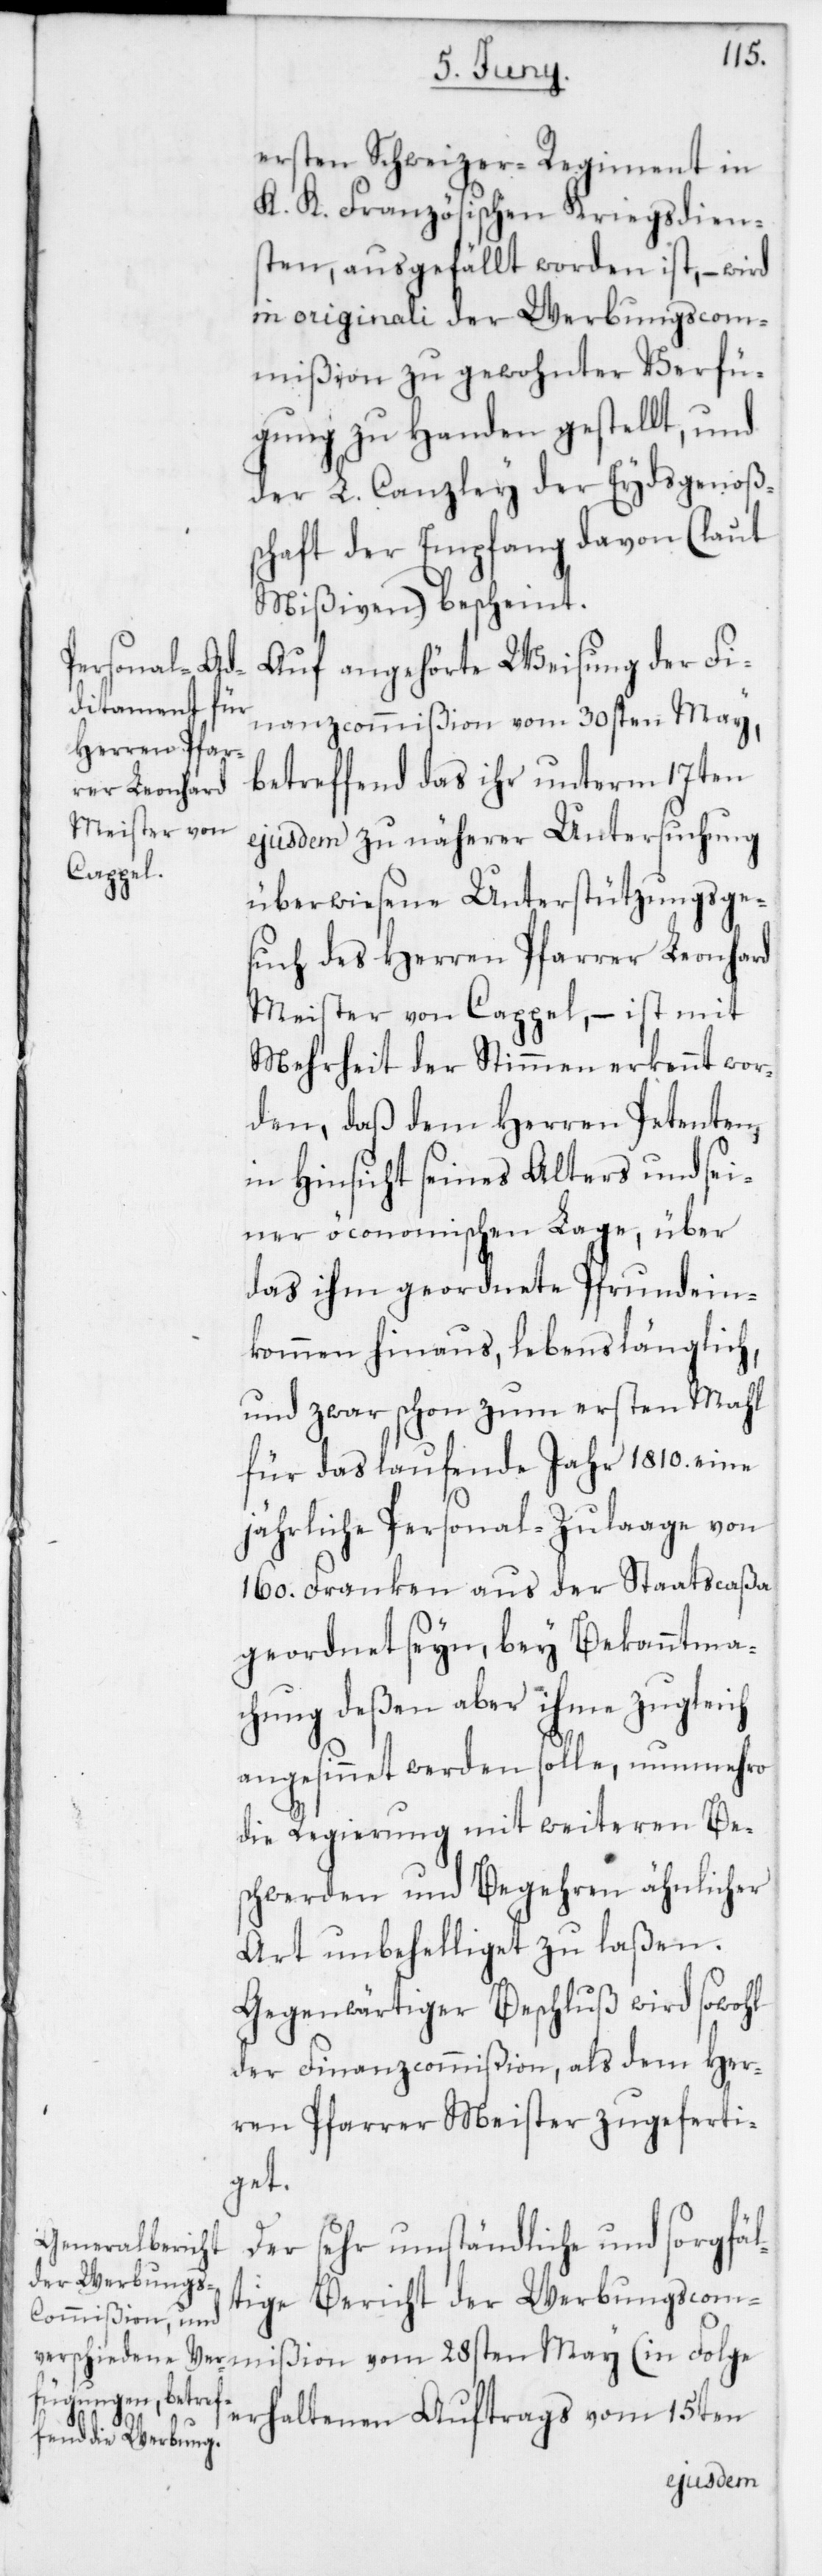
ersten Schweizer-Regiment in
K. K. Französischen Kriegsdien¬
sten, ausgefällt worden ist, – wird
in originali der Werbungscom¬
mißion zu gewohnter Verfü¬
gung zu Handen gestellt, und
der L. Canzley der Eydsgenoßen¬
schaft der Empfang davon (laut
Mißiven) bescheint.
Auf angehörte Weisung der Fi¬
nanzcommißion vom 30sten May,
betreffend das ihr unterm 17ten
ejusdem zu näherer Untersuchung
überwiesene Unterstützungsge¬
such des Herren Pfarrer Leonhard
Meister von Cappel, – ist mit
Mehrheit der Stimmen erkennt wor¬
den, daß dem Herren Petenten,
in Hinsicht seines Alters und sei¬
ner öconomischen Lage, über
das ihm geordnete Pfrundein¬
kommen hinaus, lebenslänglich
und zwar schon zum ersten Mahl
für das laufende Jahr 1810 eine
jährliche Personal-Zulaage von
160. Franken aus der Staatscaßa
geordnet seyn, bey Bekanntma¬
chung deßen aber ihme zugleich
angesinnet werden solle, nunmehro
die Regierung mit weiteren Be¬
schwerden und Begehren ähnlicher
Art unbehelliget zu laßen.
Gegenwärtiger Beschluß wird sowohl
der Finanzcommißion als dem Her¬
ren Pfarrer Meister zugeferti¬
get.
Der sehr umständliche und sorgfäl¬
tige Bericht der Werbungscom¬
mißion vom 28sten May (in Folge
erhaltenen Auftrags vom 15ten